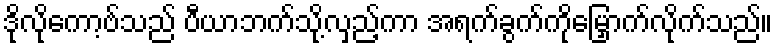
ဒိုလိုကော့ဗ်သည် ပီယာဘက်သို့လှည့်ကာ အရက်ခွက်ကိုမြှောက်လိုက်သည်။